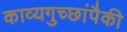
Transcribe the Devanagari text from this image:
काव्यगुच्छांपैकी